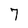
Character: 7